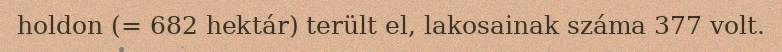
holdon (= 682 hektár) terült el, lakosainak száma 377 volt.